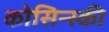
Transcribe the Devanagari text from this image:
कोसिन्स्की